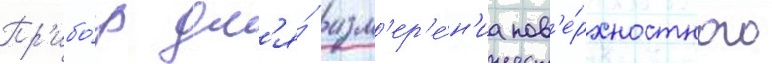
Пр'ибо́р дл'я́ изм'ер'е́н'иа пов'е́рхностного